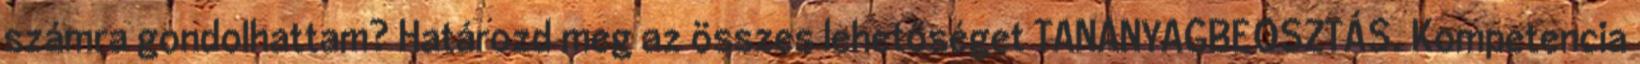
számra gondolhattam? Határozd meg az összes lehetőséget TANANYAGBEOSZTÁS. Kompetencia